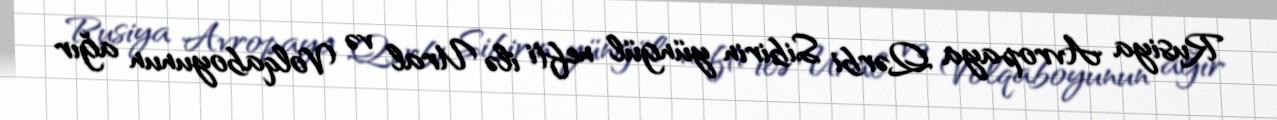
Rusiya Avropaya Qərbi Sibirin yüngül nefti ilə Ural və Volqaboyunun ağır